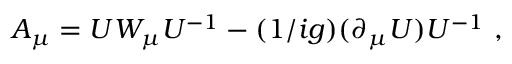
A _ { \mu } = U W _ { \mu } U ^ { - 1 } - ( 1 / i g ) ( \partial _ { \mu } U ) U ^ { - 1 } ~ ,